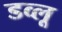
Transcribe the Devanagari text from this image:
डव्लू